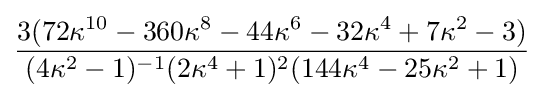
{\frac {3(72\kappa ^{10}-360\kappa ^{8}-44\kappa ^{6}-32\kappa ^{4}+7\kappa ^{2}-3)}{(4\kappa ^{2}-1)^{-1}(2\kappa ^{4}+1)^{2}(144\kappa ^{4}-25\kappa ^{2}+1)}}